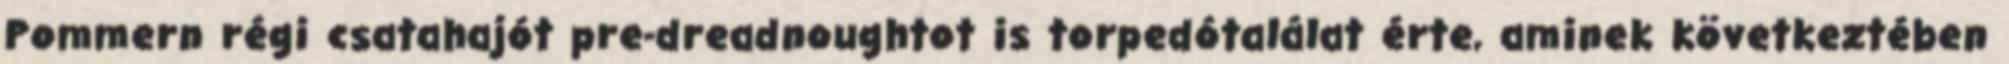
Pommern régi csatahajót pre-dreadnoughtot is torpedótalálat érte, aminek következtében